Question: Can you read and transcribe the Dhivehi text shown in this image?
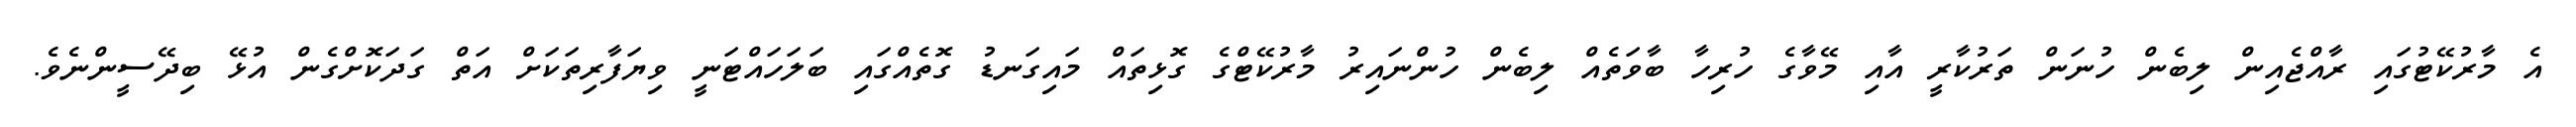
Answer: އެ މާރުކޭޓުގައި ރާއްޖެއިން ލިބެން ހުނަން ތަރުކާރީ އާއި މޭވާގެ ހުރިހާ ބާވަތެއް ލިބެން ހުންނައިރު މާރުކޭޓްގެ ގޮޅިތައް މައިގަނޑު ގޮތެއްގައި ބަލަހައްޓަނީ ވިޔަފާރިތަކަށް އަތް ގަދަކޮށްގެން އުޅޭ ބިދޭސީންނެވެ.